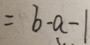
= b - a - 1